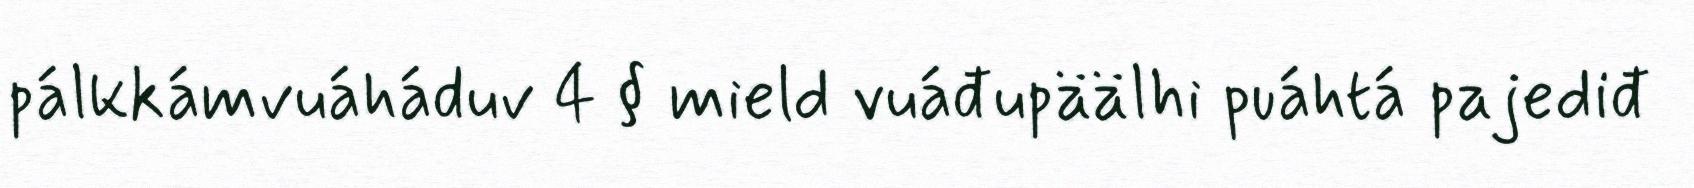
pálkkámvuáháduv 4 § mield vuáđupäälhi puáhtá pajediđ